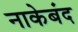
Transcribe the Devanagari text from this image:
नाकेबंद